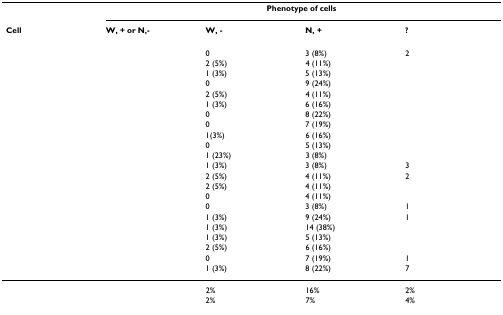
<table><thead><tr><td>[EMPTY_CELL]</td><td colspan="4"><b>Phenotype of cells</b></td></tr><tr><td><b>Cell</b></td><td><b>W, + or N,-</b></td><td><b>W, -</b></td><td><b>N, +</b></td><td><b>?</b></td></tr></thead><tbody><tr><td>[EMPTY_CELL]</td><td>[EMPTY_CELL]</td><td>0</td><td>3 (8%)</td><td>2</td></tr><tr><td>[EMPTY_CELL]</td><td>[EMPTY_CELL]</td><td>2 (5%)</td><td>4 (11%)</td><td>[EMPTY_CELL]</td></tr><tr><td>[EMPTY_CELL]</td><td>[EMPTY_CELL]</td><td>1 (3%)</td><td>5 (13%)</td><td>[EMPTY_CELL]</td></tr><tr><td>[EMPTY_CELL]</td><td>[EMPTY_CELL]</td><td>0</td><td>9 (24%)</td><td>[EMPTY_CELL]</td></tr><tr><td>[EMPTY_CELL]</td><td>[EMPTY_CELL]</td><td>2 (5%)</td><td>4 (11%)</td><td>[EMPTY_CELL]</td></tr><tr><td>[EMPTY_CELL]</td><td>[EMPTY_CELL]</td><td>1 (3%)</td><td>6 (16%)</td><td>[EMPTY_CELL]</td></tr><tr><td>[EMPTY_CELL]</td><td>[EMPTY_CELL]</td><td>0</td><td>8 (22%)</td><td>[EMPTY_CELL]</td></tr><tr><td>[EMPTY_CELL]</td><td>[EMPTY_CELL]</td><td>0</td><td>7 (19%)</td><td>[EMPTY_CELL]</td></tr><tr><td>[EMPTY_CELL]</td><td>[EMPTY_CELL]</td><td>1(3%)</td><td>6 (16%)</td><td>[EMPTY_CELL]</td></tr><tr><td>[EMPTY_CELL]</td><td>[EMPTY_CELL]</td><td>0</td><td>5 (13%)</td><td>[EMPTY_CELL]</td></tr><tr><td>[EMPTY_CELL]</td><td>[EMPTY_CELL]</td><td>1 (23%)</td><td>3 (8%)</td><td>[EMPTY_CELL]</td></tr><tr><td>[EMPTY_CELL]</td><td>[EMPTY_CELL]</td><td>1 (3%)</td><td>3 (8%)</td><td>3</td></tr><tr><td>[EMPTY_CELL]</td><td>[EMPTY_CELL]</td><td>2 (5%)</td><td>4 (11%)</td><td>2</td></tr><tr><td>[EMPTY_CELL]</td><td>[EMPTY_CELL]</td><td>2 (5%)</td><td>4 (11%)</td><td>[EMPTY_CELL]</td></tr><tr><td>[EMPTY_CELL]</td><td>[EMPTY_CELL]</td><td>0</td><td>4 (11%)</td><td>[EMPTY_CELL]</td></tr><tr><td>[EMPTY_CELL]</td><td>[EMPTY_CELL]</td><td>0</td><td>3 (8%)</td><td>1</td></tr><tr><td>[EMPTY_CELL]</td><td>[EMPTY_CELL]</td><td>1 (3%)</td><td>9 (24%)</td><td>1</td></tr><tr><td>[EMPTY_CELL]</td><td>[EMPTY_CELL]</td><td>1 (3%)</td><td>14 (38%)</td><td>[EMPTY_CELL]</td></tr><tr><td>[EMPTY_CELL]</td><td>[EMPTY_CELL]</td><td>1 (3%)</td><td>5 (13%)</td><td>[EMPTY_CELL]</td></tr><tr><td>[EMPTY_CELL]</td><td>[EMPTY_CELL]</td><td>2 (5%)</td><td>6 (16%)</td><td>[EMPTY_CELL]</td></tr><tr><td>[EMPTY_CELL]</td><td>[EMPTY_CELL]</td><td>0</td><td>7 (19%)</td><td>1</td></tr><tr><td>[EMPTY_CELL]</td><td>[EMPTY_CELL]</td><td>1 (3%)</td><td>8 (22%)</td><td>7</td></tr><tr><td>[EMPTY_CELL]</td><td>[EMPTY_CELL]</td><td>2%</td><td>16%</td><td>2%</td></tr><tr><td>[EMPTY_CELL]</td><td>[EMPTY_CELL]</td><td>2%</td><td>7%</td><td>4%</td></tr></tbody></table>